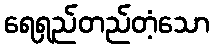
ရေရှည်တည်တံ့သော